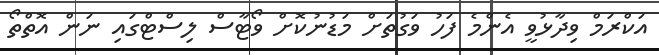
އަކްރަމް ވިދާޅުވީ އެންމެ ފަހު ވަގުތަށް މަޑުނުކޮށް ވޯޓާސް ލިސްޓްގައި ނަން އޮތްތޯ